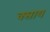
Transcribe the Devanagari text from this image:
क्साय